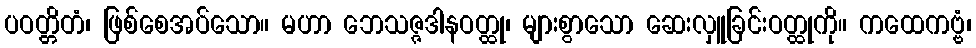
ပဝတ္တိတံ၊ ဖြစ်စေအပ်သော။ မဟာ ဘေသဇ္ဇဒါနဝတ္ထု၊ များစွာသော ဆေးလှူခြင်းဝတ္ထုကို။ ကထေကဗ္ဗံ၊